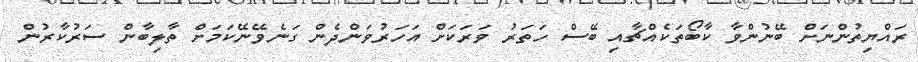
ރައްޔިތުންނަށް ބޭނުންވާ ކާބޯތަކެއްޗާއި ބޭސް ހަތަރު ވަރަކަށް އަހަރުވަންދެން ގަނެވޭނޭކަމަށް ތާލިބާން ސަރުކާރުން